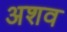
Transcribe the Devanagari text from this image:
अशव